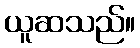
ယူဆသည်။